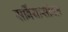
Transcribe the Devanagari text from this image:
सर्बियासोबत